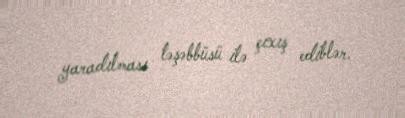
yaradılması təşəbbüsü ilə çıxış ediblər.